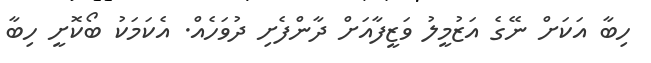
ހިބާ އަކަށް ނޭގެ އަޒުމީލު ވަޒީފާއަށް ދާންފެށި ދުވަހެއް. އެކަމަކު ބޯކޮށީ ހިބާ